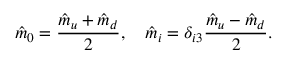
\hat { m } _ { 0 } = \frac { \hat { m } _ { u } + \hat { m } _ { d } } { 2 } , \quad \hat { m } _ { i } = \delta _ { i 3 } \frac { \hat { m } _ { u } - \hat { m } _ { d } } { 2 } .